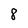
Character: 8